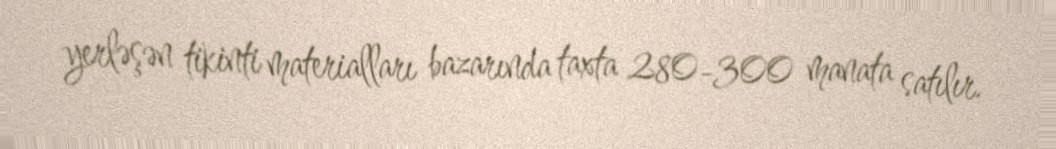
yerləşən tikinti materialları bazarında taxta 280-300 manata satılır.